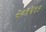
૨૦૧૫૧૬